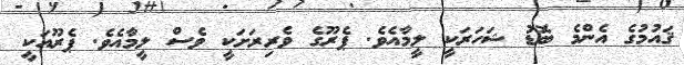
ޤައުމުގެ އެންމެ ބޮޑު ޝަހަރަކީ ލީމާއެވެ. ޕެރޫގެ ވެރިރަށަކީ ވެސް ލީމާއެވެ. ޕެރޫއަކީ